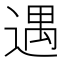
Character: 遇